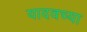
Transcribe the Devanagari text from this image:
यादवच्या